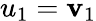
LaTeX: u_{1}=\mathbf{v}_{1}